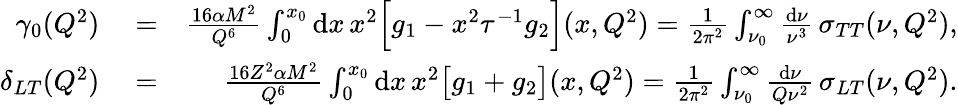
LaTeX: \begin{array}{rlr}{\gamma_{0}(Q^{2})}&{{}=}&{\frac{16\alpha M^{2}}{Q^{6}}\int_{0}^{x_{0}}\mathrm{d}x\, x^{2}\Big[g_{1}-x^{2}\tau^{-1}g_{2}\Big](x,Q^{2})=\frac{1}{2\pi^{2}}\int_{\nu_{0}}^{\infty}\frac{\mathrm{d}\nu}{\nu^{3}}\, \sigma_{TT}(\nu,Q^{2}),}\\ {\delta_{LT}(Q^{2})}&{{}=}&{\frac{16Z^{2}\alpha M^{2}}{Q^{6}}\int_{0}^{x_{0}}\mathrm{d}x\, x^{2}\big[g_{1}+g_{2}\big](x,Q^{2})=\frac{1}{2\pi^{2}}\int_{\nu_{0}}^{\infty}\frac{\mathrm{d}\nu}{Q\nu^{2}}\, \sigma_{LT}(\nu,Q^{2}).}\end{array}